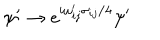
LaTeX: \psi ^ { \prime } \to e ^ { i \omega _ { i j } ^ { \prime } \sigma _ { i j } / 4 } \psi ^ { \prime }